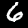
Label: 6